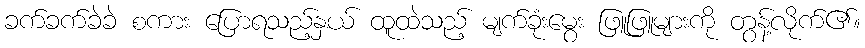
ခက်ခက်ခဲခဲ စကား ပြောရသည့်နှယ် ထူထဲသည့် မျက်ခုံးမွေး ဖြူဖြူများကို တွန့်လိုက်၏။